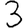
Digit: 3